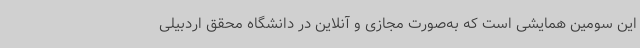
این سومین همایشی است که به‌صورت مجازی و آنلاین در دانشگاه محقق اردبیلی